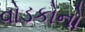
વોડકોનો